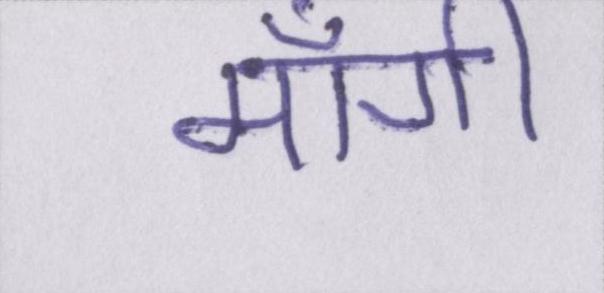
माँगी